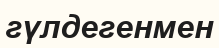
гүлдегенмен